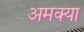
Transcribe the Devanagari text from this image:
अमक्या